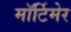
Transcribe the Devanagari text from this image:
माॅर्टिमेर